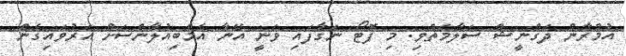
އުމްރާން ދަގްނީޝް ސަލާމަތްވި. މި ފޮޓޯ ނަގާފައި ވަނީ އޭނާ އެމްބިއުލާންސަށް އަރުވައިގެން